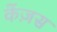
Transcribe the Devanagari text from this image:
केंज़स